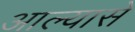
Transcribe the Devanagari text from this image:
आल्यासे